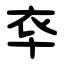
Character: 䘚